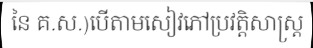
នៃ គ.ស.)បើតាមសៀវភៅប្រវត្តិសាស្ត្រ